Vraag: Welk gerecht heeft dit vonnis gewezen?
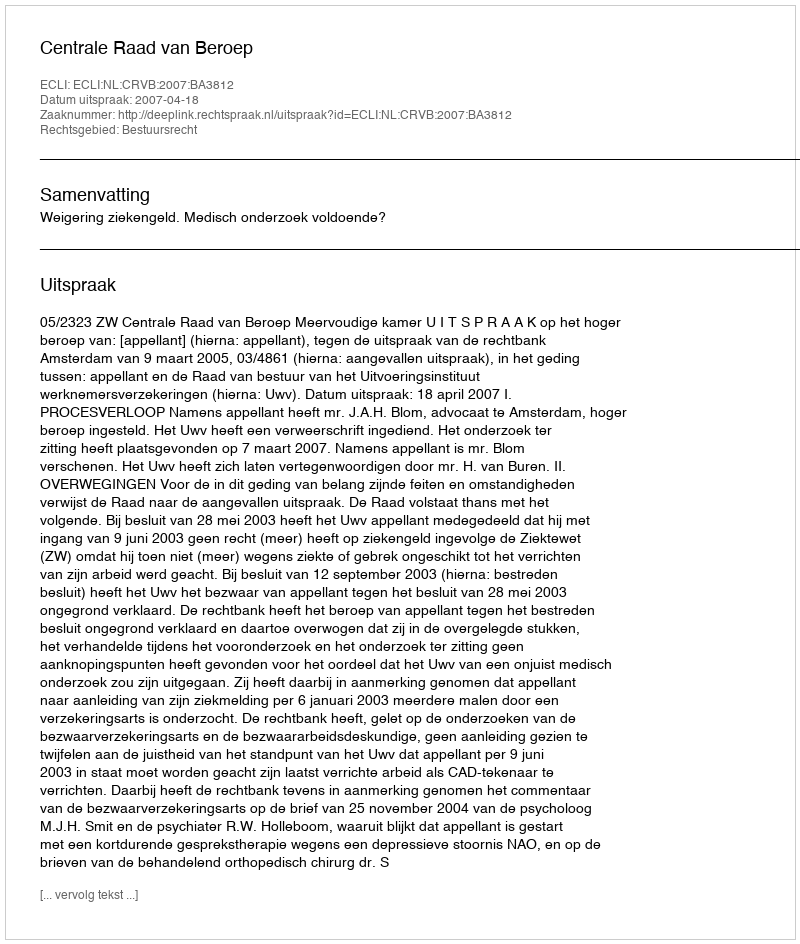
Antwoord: Centrale Raad van Beroep